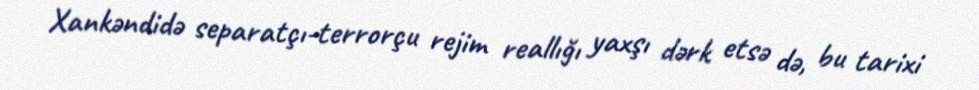
Xankəndidə separatçı-terrorçu rejim reallığı yaxşı dərk etsə də, bu tarixi